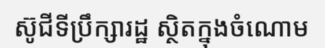
ស៊ូជីទីប្រឹក្សារដ្ឋ ស្ថិតក្នុងចំណោម